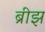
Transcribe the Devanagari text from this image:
ब्रीझ